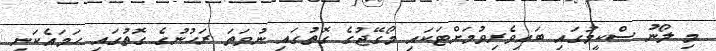
މި ލޯނު ސްކީމުގައި ބައިވެރިވުމަށްޓަކައި މޯގޭޖުގެ ގޮތުގައި ނުވަތަ ރަހުނުގެ ގޮތުގައި ހަމައެކަނި